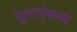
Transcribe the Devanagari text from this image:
मुत्तार्ंकण